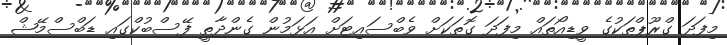
މިފަދަ ގްރޫޕްތަކުގެ ވީޑިއޯތައް މިފަދަ ގޮތަކަށް ވެބްސައިޓަށް އަޅަމުން ގެންދާތީ ފޭސްބުކްގައި ޑަބްސްމޭޝް